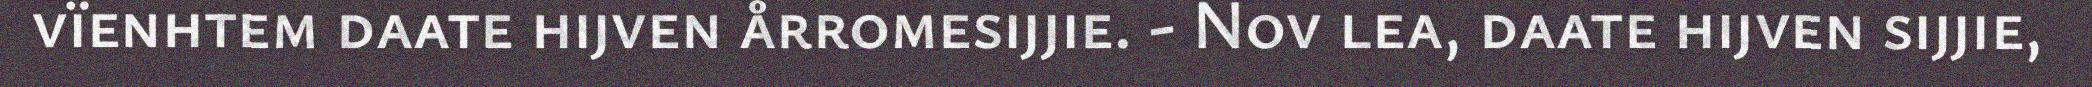
vïenhtem daate hijven årromesijjie. - Nov lea, daate hijven sijjie,